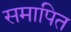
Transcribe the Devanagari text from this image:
समापित